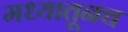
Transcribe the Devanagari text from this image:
मध्यातूनच